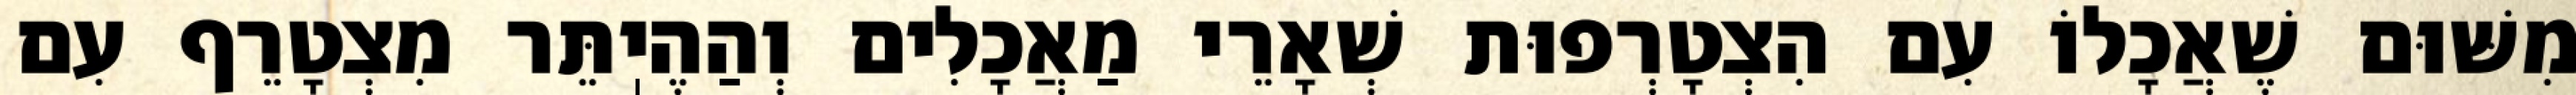
מִשּׁוּם שֶׁאֲכָלוֹ עִם הִצְטָרְפוּת שְׁאָרֵי מַאֲכָלִים וְהַהֶיֽתֵּר מִצְטָרֵף עִם